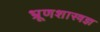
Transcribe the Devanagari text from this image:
भ्रूणशास्त्रज्ञ